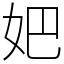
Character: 妑